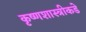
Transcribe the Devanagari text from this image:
कृष्णशास्त्रीकडे